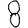
Digit: 8